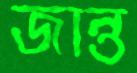
জান্ত